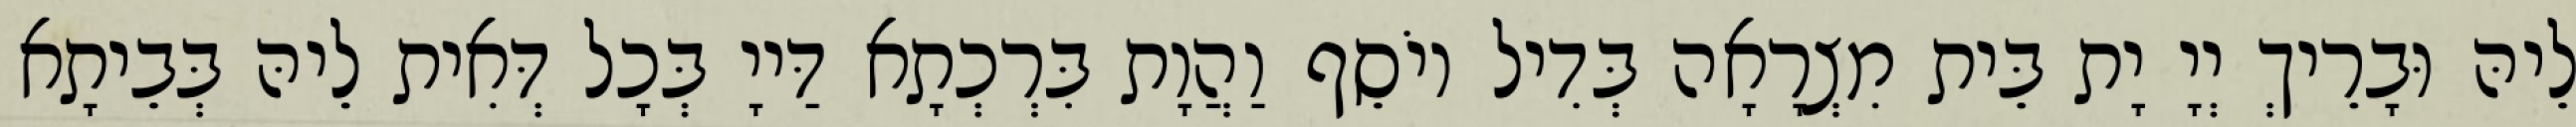
לֵיהּ וּבָרֵיךְ יְיָ יָת בֵּית מִצְרָאָה בְּדִיל יוֹסֵף וַהֲוָת בִּרְכְתָא דַּייָ בְּכָל דְּאִית לֵיהּ בְּבֵיתָא